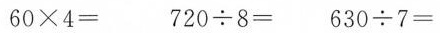
$$6 0 \times 4 =$$ $$7 2 0 \div 8 =$$ $$6 3 0 \div 7 =$$